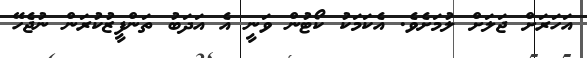
އަހަރަށް ޖަލަށް ލުމަށެވެ. އެކަމަކު ކޯޓުން ވަނީ އެ އަދަބު ތަންފީޒުކުރަން ނުޖެހޭ